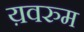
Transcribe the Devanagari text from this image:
य़वरुम